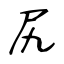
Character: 尻